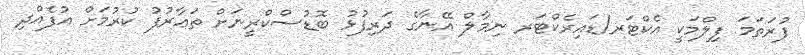
ފުރަތަމަ ފިލްމަކީ އެކްޓަރ/ޑައިރެކްޓަރ ނިމާލް އޭނާގެ ދަރިފުޅު ބޮޑުސްކްރީނަށް ތަޢާރުފު ކުރުމަށް އުފެއްދި